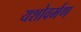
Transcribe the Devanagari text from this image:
यशोवर्मण